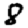
Digit: 8